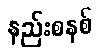
နည်းစနစ်